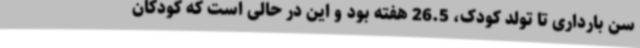
سن بارداری تا تولد کودک، 26.5 هفته بود و این در حالی است که کودکان